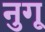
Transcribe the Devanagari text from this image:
नुगू